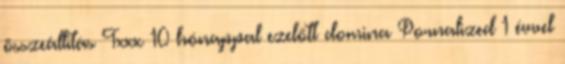
összeállítás Txxx 10 hónappal ezelőtt domina Pornalized 1 évvel